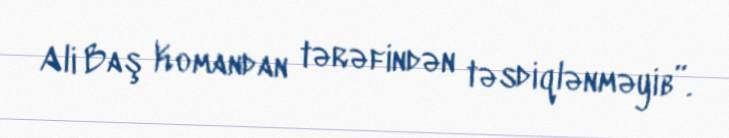
Ali Baş Komandan tərəfindən təsdiqlənməyib”.